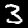
Digit: 3